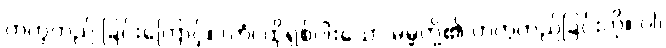
တကွတည် ခြင်းကြောင့်။ (တံ၊ ထိုရှစ်ပါးသော ဓမ္မတို့၏ တကွတည်ခြင်းကို။ ဝါ၊